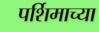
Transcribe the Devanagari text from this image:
पर्शिमाच्या